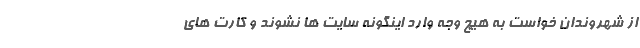
از شهروندان خواست به هیچ وجه وارد اینگونه سایت ها نشوند و کارت های